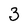
Character: 3